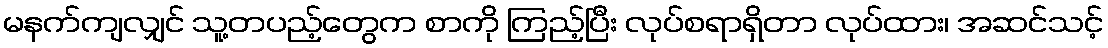
မနက်ကျလျှင် သူ့တပည့်တွေက စာကို ကြည့်ပြီး လုပ်စရာရှိတာ လုပ်ထား၊ အဆင်သင့်